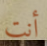
أنت